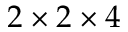
2 \times 2 \times 4